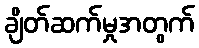
ချိတ်ဆက်မှုအတွက်